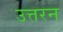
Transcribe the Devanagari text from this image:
उत्तरन